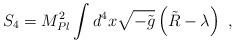
LaTeX: \begin{align*}S_4 = M_{Pl}^2\int d^4x\sqrt{-\tilde{g}}\left( \tilde{R} - \lambda\right)\ ,\end{align*}